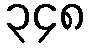
၃၄၈